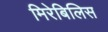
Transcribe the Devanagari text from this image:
मिरेबिलिस